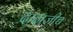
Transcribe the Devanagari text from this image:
दादाजीच